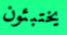
يختبئون